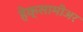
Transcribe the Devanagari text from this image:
हेक्सामीअर